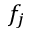
f _ { j }